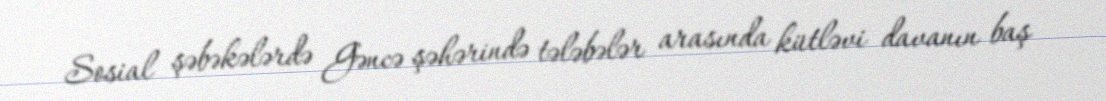
Sosial şəbəkələrdə Gəncə şəhərində tələbələr arasında kütləvi davanın baş